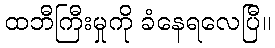
ထဘီကြီးမှုကို ခံနေရလေပြီ။